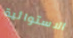
الاستوائية